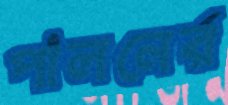
পালনের্র